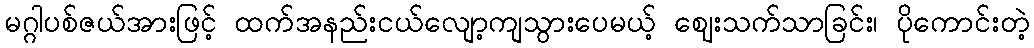
မဂ္ဂါပစ်ဇယ်အားဖြင့် ထက်အနည်းငယ်လျော့ကျသွားပေမယ့် ဈေးသက်သာခြင်း၊ ပိုကောင်းတဲ့